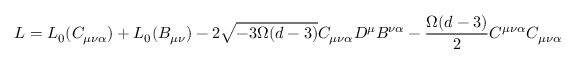
{ \cal L } = { \cal L } _ { 0 } ( C _ { \mu \nu \alpha } ) + { \cal L } _ { 0 } ( B _ { \mu \nu } ) - 2 \sqrt { - 3 \Omega ( d - 3 ) } C _ { \mu \nu \alpha } D ^ { \mu } B ^ { \nu \alpha } - \frac { \Omega ( d - 3 ) } { 2 } C ^ { \mu \nu \alpha } C _ { \mu \nu \alpha }